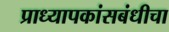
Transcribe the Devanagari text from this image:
प्राध्यापकांसबंधीचा